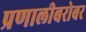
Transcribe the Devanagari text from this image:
प्रणालीबरोबर